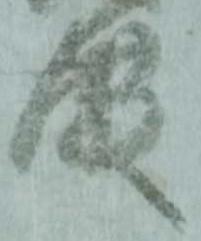
殿